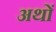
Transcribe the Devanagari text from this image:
अथों